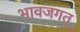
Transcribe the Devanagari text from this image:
भावजगत्